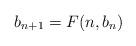
LaTeX: \begin{align*} b_{n+1} = F(n,b_n) \end{align*}